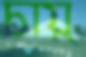
চায়্